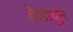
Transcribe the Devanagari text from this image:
वेडावून